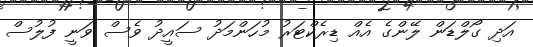
އަދި ގޯލްޑަން ލޭންގެ އެއް ޑިރެކްޓަރު މުހަންމަދު ސައީދު ވެސް ވަނީ ފުލުސް